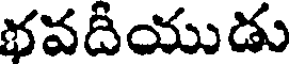
భవదీయుడు